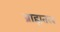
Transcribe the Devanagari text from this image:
ब्राह्मतत्व